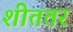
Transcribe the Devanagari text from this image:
शीततर